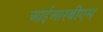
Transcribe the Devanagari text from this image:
आईआरबीएम